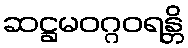
ဆဋ္ဌမဝဂ္ဂဝရန္တိ